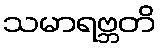
သမာရဗ္ဘတိ